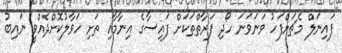
ފައިނަލް މެޗަށްފަހު ވަނަވަނަ ހޯދި ފަރާތްތަކަށް ފައިސާގެ އިނާމާއި ތަށި ހަވާލުކޮށްދެއްވީ ނައިބު